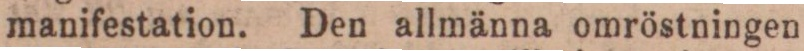
manifestation. Den allmänna omröstningen